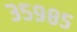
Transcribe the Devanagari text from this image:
३५९८५